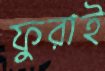
ফুরাই